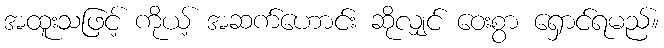
အထူးသဖြင့် ကိုယ့် အဆက်ဟောင်း ဆိုလျှင် ဝေးစွာ ရှောင်ရမည်။